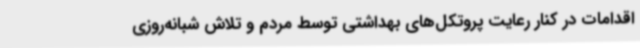
اقدامات در کنار رعایت پروتکل‌های بهداشتی توسط مردم و تلاش شبانه‌روزی